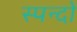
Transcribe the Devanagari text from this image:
स्पन्दों